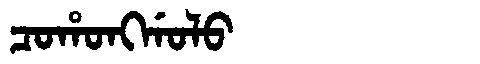
Manchu: ᠴᠣᡥᠣᠩᡤᠣᠯᠣ
Romanization: COHONGGOLO